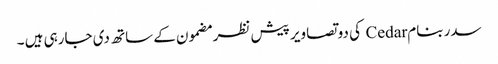
سدر بنام Cedar کی دو تصاویر پیش نظر مضمون کے ساتھ دی جارہی ہیں ۔